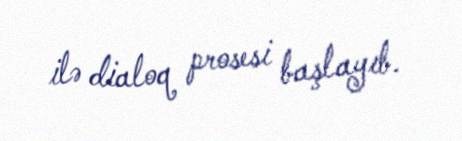
ilə dialoq prosesi başlayıb.